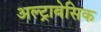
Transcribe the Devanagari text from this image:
अल्ट्राबेसिक